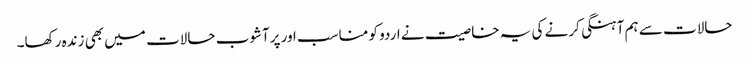
حالات سے ہم آہنگی کرنے کی یہ خاصیت نے اردو کو مناسب اور پرآشوب حالات میں بھی زندہ رکھا۔